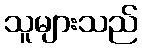
သူများသည်